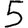
Digit: 5